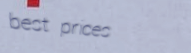
best prices